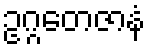
ဥဂ္ဂတေဇာနံ